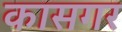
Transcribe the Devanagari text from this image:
कासगर